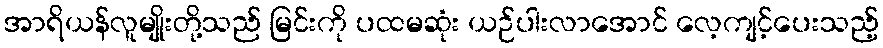
အာရိယန်လူမျိုးတို့သည် မြင်းကို ပထမဆုံး ယဉ်ပါးလာအောင် လေ့ကျင့်ပေးသည့်